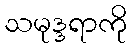
သမုဒ္ဒရာကို